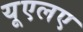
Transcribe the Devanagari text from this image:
यूएलए